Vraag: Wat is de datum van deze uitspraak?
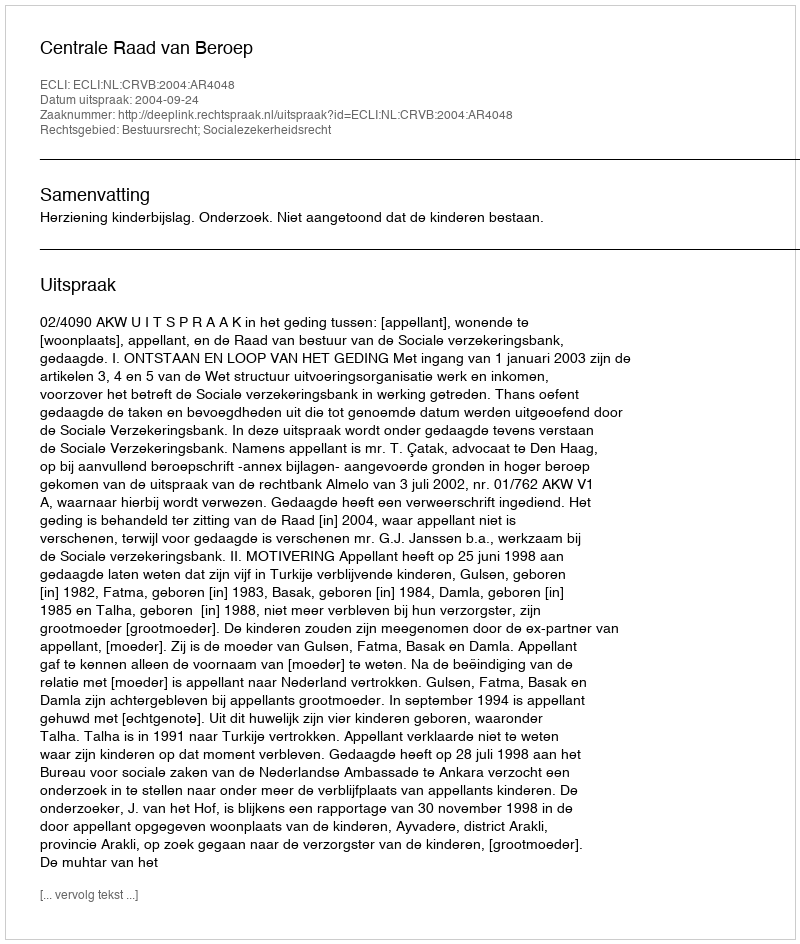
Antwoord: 2004-09-24